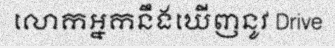
លោកអ្នកនឹងឃើញនូវ Drive